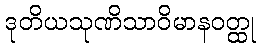
ဒုတိယသုဏိသာဝိမာနဝတ္ထု